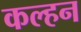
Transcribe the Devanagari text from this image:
कल्हन